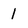
Character: 1